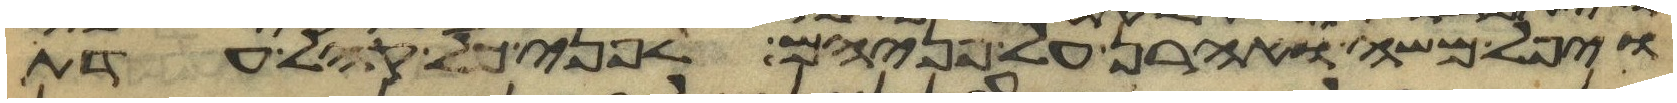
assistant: ויפל משה ואהרן על פניהם לפני כל קהל עדת